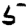
Digit: 5